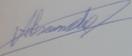
Signature authenticity: genuine